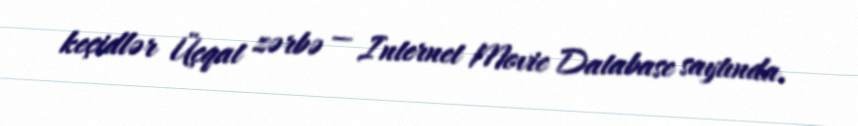
keçidlər Üçqat zərbə — Internet Movie Database saytında.